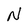
Character: N